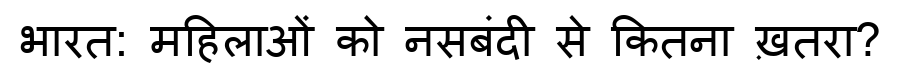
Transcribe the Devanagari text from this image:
भारत: महिलाओं को नसबंदी से कितना ख़तरा?